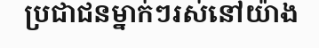
ប្រជាជនម្នាក់ៗរស់នៅយ៉ាង